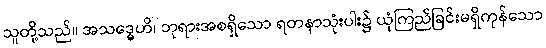
သူတို့သည်။ အသဒ္ဓေဟိ၊ ဘုရားအစရှိသော ရတနာသုံးပါး၌ ယုံကြည်ခြင်းမရှိကုန်သော